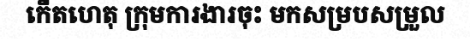
កើតហេតុ ក្រុមការងារចុះ មកសម្របសម្រួល